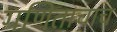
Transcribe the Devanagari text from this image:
गणिताचाच